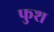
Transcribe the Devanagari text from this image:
फुश